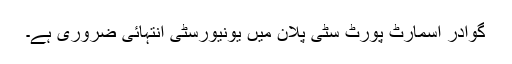
گوادر اسمارٹ پورٹ سٹی پلان میں یونیورسٹی انتہائی ضروری ہے۔